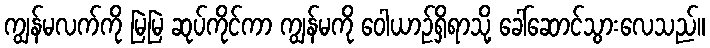
ကျွန်မလက်ကို မြဲမြဲ ဆုပ်ကိုင်ကာ ကျွန်မကို ဝေါယာဉ်ရှိရာသို့ ခေါ်ဆောင်သွားလေသည်။